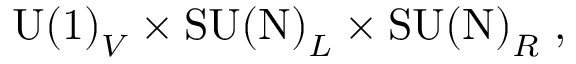
\mathrm { U ( 1 ) } _ { V } \times \mathrm { S U ( N ) } _ { L } \times \mathrm { S U ( N ) } _ { R } \; ,